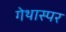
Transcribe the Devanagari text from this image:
गेथास्पर